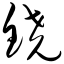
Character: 铙